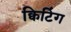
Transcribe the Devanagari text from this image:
क्विटिंग